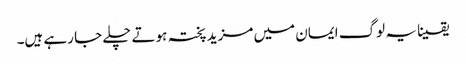
یقینا یہ لوگ ایمان میں مزید پختہ ہوتے چلے جا رہے ہیں۔